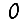
Digit: 0